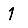
Digit: 1